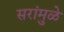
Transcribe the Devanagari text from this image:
सरांमुळे